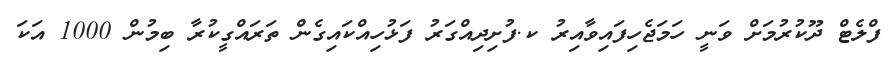
ފްލެޓް ދޫކުރުމަށް ވަނީ ހަމަޖެހިފައިވާއިރު ކ.ފުށިދިއްގަރު ފަޅުހިއްކައިގެން ތަރައްގީކުރާ ބިމުން 1000 އަކަ